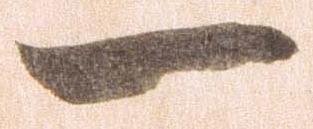
一